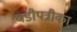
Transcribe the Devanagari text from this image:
घडीपत्रीका